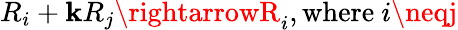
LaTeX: R_{i}+\mathbf{k}R_{j}\rightarrowR_{i},{\mathrm{{where~}}}i\neqj